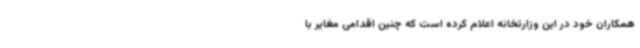
همکاران خود در این وزارتخانه اعلام کرده است که چنین اقدامی مغایر با